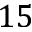
1 5